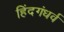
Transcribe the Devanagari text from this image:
हिंदगंधर्व